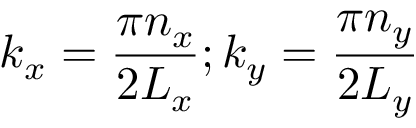
k _ { x } = \frac { \pi n _ { x } } { 2 L _ { x } } ; k _ { y } = \frac { \pi n _ { y } } { 2 L _ { y } }